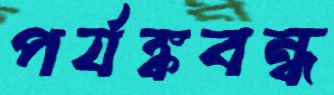
পর্যঙ্কবন্ধ